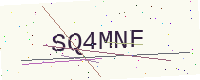
Text: SQ4MNF